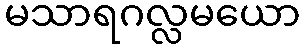
မသာရဂလ္လမယော